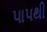
પાપથી